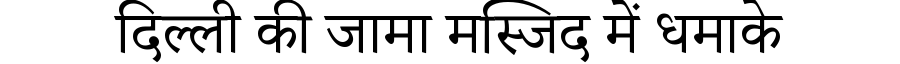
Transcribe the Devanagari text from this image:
दिल्ली की जामा मस्जिद में धमाके